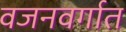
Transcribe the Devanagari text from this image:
वजनवर्गात